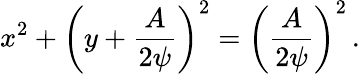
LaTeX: x^{2}+\left(y+{\frac{A}{2\psi}}\right)^{2}=\left({\frac{A}{2\psi}}\right)^{2}\, .